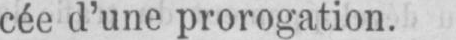
cée d’une prorogation.